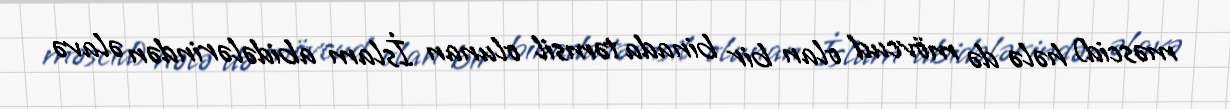
məscid) hələ də mövcud olan bir binada təmsil olunan İslam abidələrindən əlavə